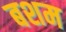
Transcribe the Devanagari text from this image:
बशम